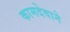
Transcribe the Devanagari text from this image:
कामदेवाने